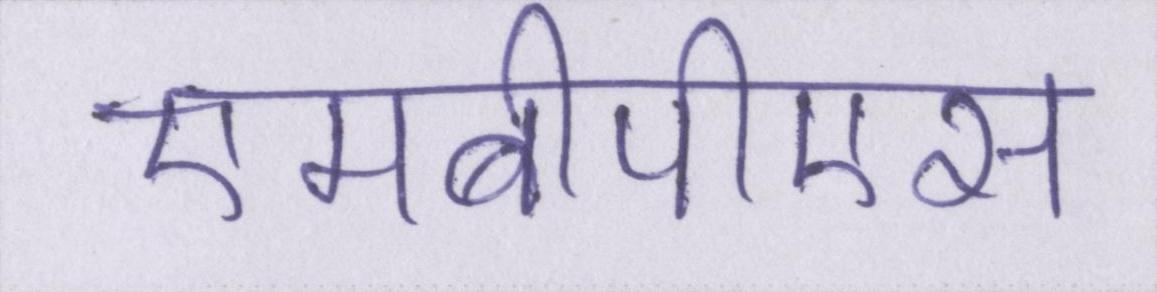
एमबीपीएस